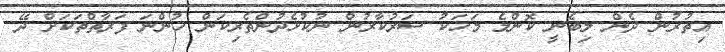
އިތުރުން ދެން ލިބެނީ ކޮންމެ މަހަކު ސަރުކާރުން ނުކުޅެދުންތެރިކަން ހުންނަ ފަރާތްތަކަށް ދޭ